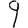
Digit: 9